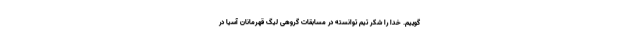
گوییم. خدا را شکر تیم توانسته در مسابقات گروهی لیگ قهرمانان آسیا در